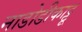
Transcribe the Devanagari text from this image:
नाडोडीकाट्टू